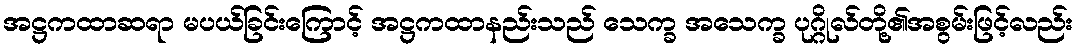
အဋ္ဌကထာဆရာ မပယ်ခြင်းကြောင့် အဋ္ဌကထာနည်းသည် သေက္ခ အသေက္ခ ပုဂ္ဂိုလ်တို့၏အစွမ်းဖြင့်လည်း